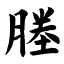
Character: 塍